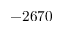
- 2 6 7 0